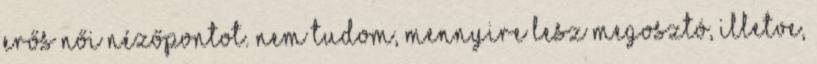
erős női nézőpontot. nem tudom, mennyire lesz megosztó, illetve,